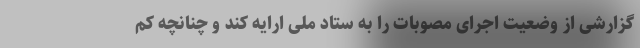
گزارشی از وضعیت اجرای مصوبات را به ستاد ملی ارایه کند و چنانچه کم